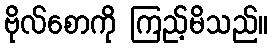
ဗိုလ်စောကို ကြည့်မိသည်။